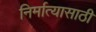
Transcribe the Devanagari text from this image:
निर्मात्यासाठी